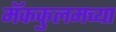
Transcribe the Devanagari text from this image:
मॅककुलमच्या